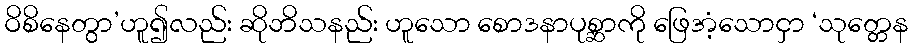
ဝိစိနေတွာ’ဟူ၍လည်း ဆိုဘိသနည်း ဟူသော စောဒနာပုစ္ဆာကို ဖြေအံ့သောငှာ ‘သုတ္တေန